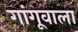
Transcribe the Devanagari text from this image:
गांगूवाला